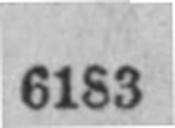
6183